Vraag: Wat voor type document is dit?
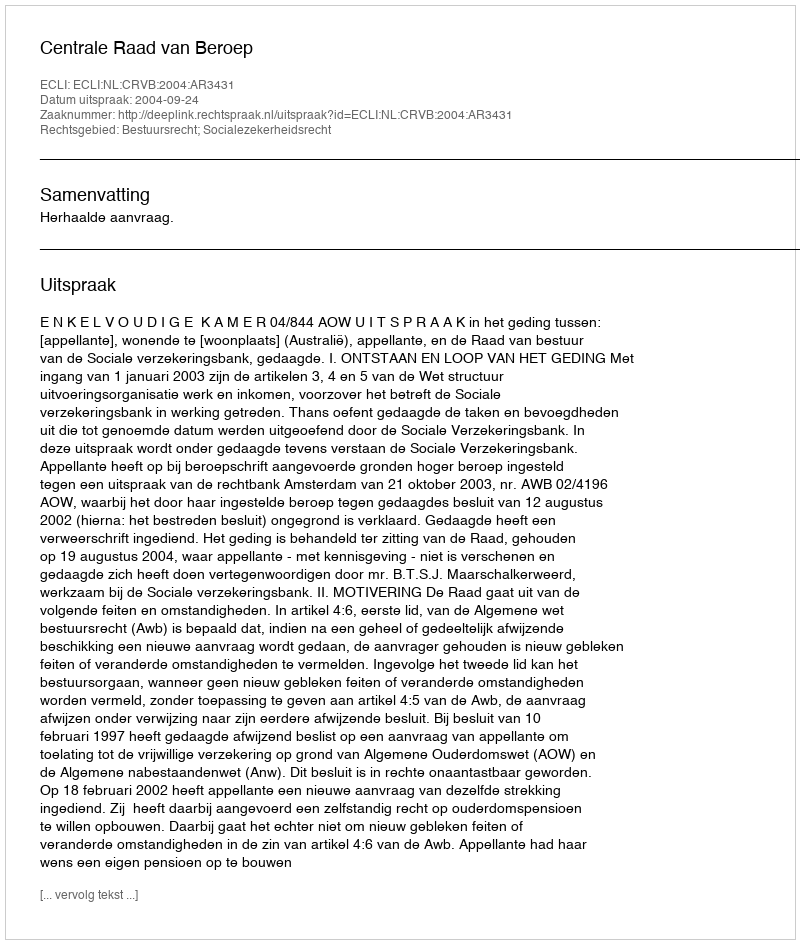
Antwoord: Uitspraak